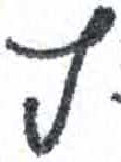
אות: ץ